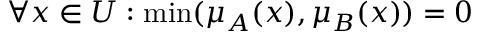
\forall x \in { U } : \operatorname* { m i n } ( \mu _ { A } ( x ) , \mu _ { B } ( x ) ) = 0